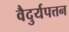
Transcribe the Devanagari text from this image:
वैदुर्यपत्तन